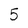
Character: 5